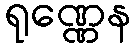
ရုဏ္ဏေန